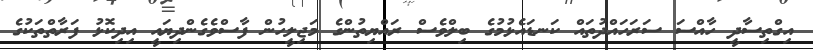
އިގްތިސާދީ ހާއްސަ ސަރަހައްދުތައް ކަނޑައެޅުމުގެ ބިލްވެސް ރައްޔިތުންގެ މަޖިލީހުން ފާސްވެގެންދިޔައީ އިދިކޮޅު ފަރާތްތަކުގެ